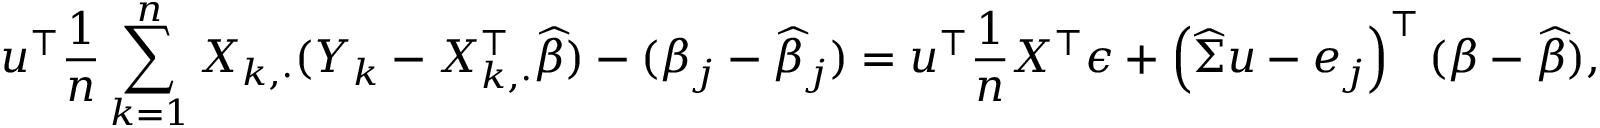
\small { u ^ { \intercal } \frac { 1 } { n } \sum _ { k = 1 } ^ { n } X _ { k , \cdot } ( Y _ { k } - X _ { k , \cdot } ^ { \intercal } \widehat { \beta } ) } - ( \beta _ { j } - \widehat { \beta } _ { j } ) = { u ^ { \intercal } \frac { 1 } { n } X ^ { \intercal } \epsilon } + { \left( \widehat { \Sigma } u - e _ { j } \right) ^ { \intercal } ( \beta - \widehat { \beta } ) } ,